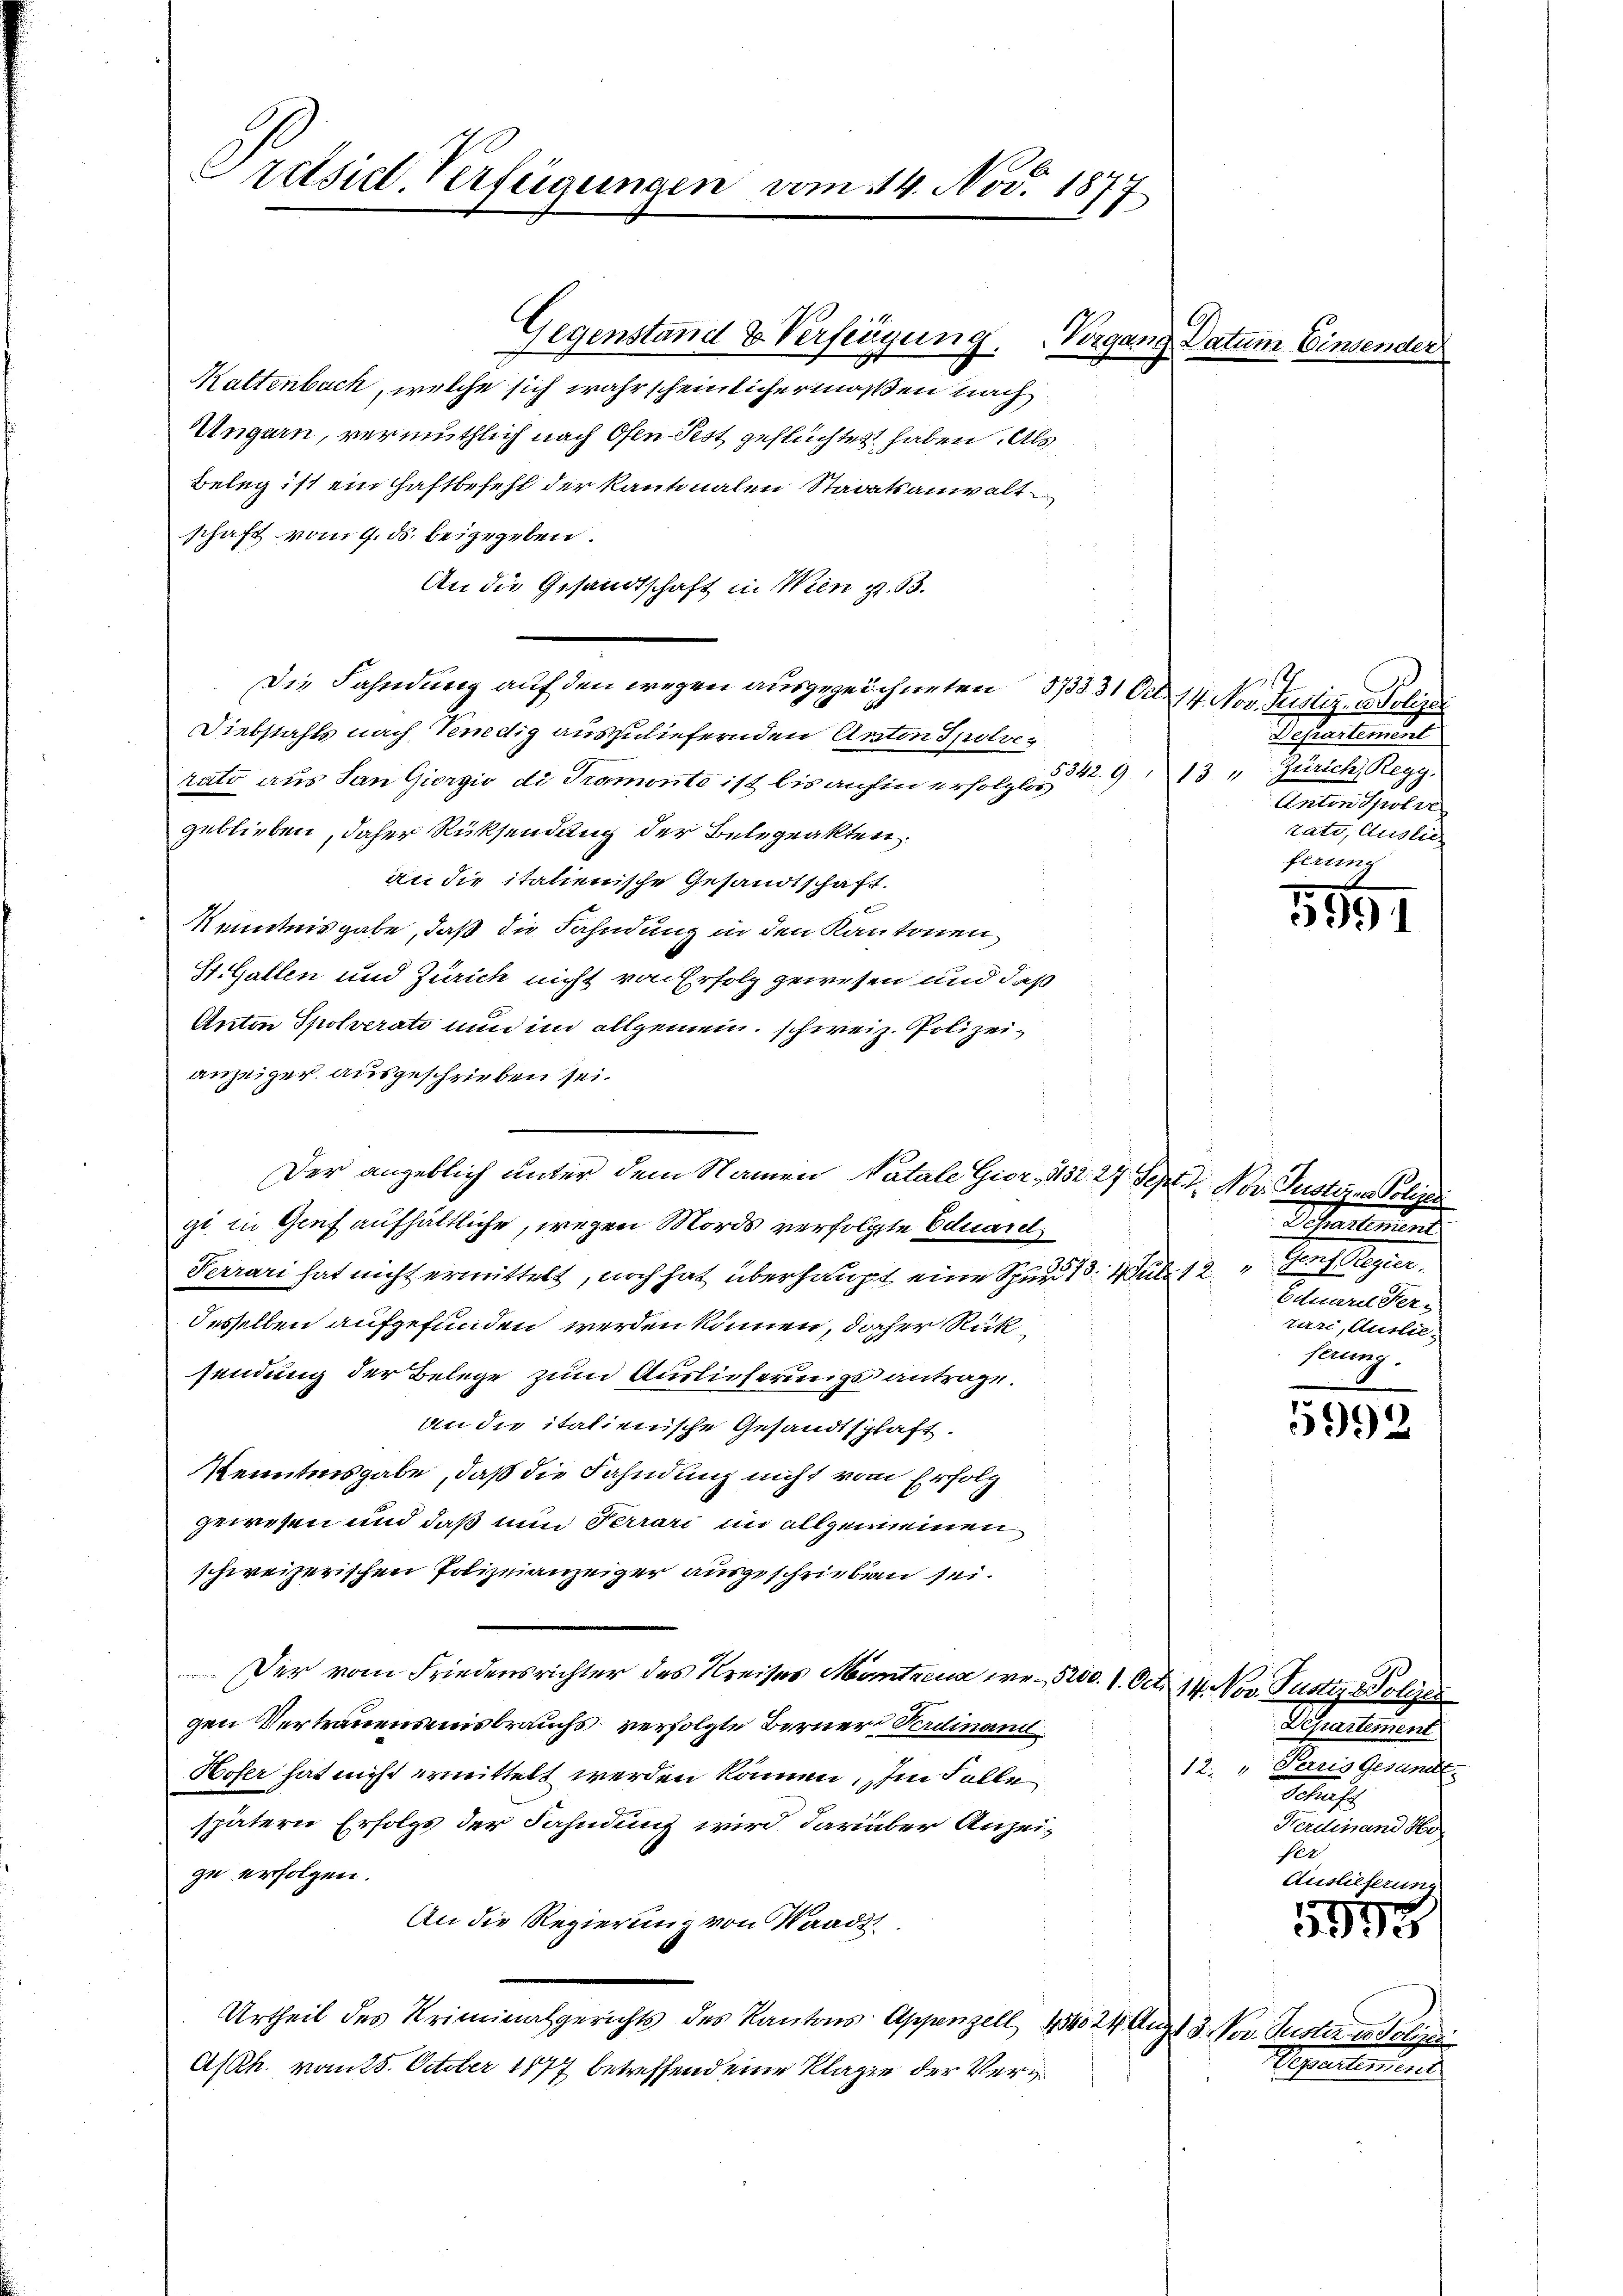
24
Präsidl-Verfügungen vom 14. Nov. 1877.

Gegenstand & Verfügung. Vorgang Datum Einsender
Kattenbach, welche sich wahrscheinlichermaßen nach
Ungern, vermuthlich nach Ofen Pest geflüchtet haben. Als
Beleg ist ein Haftbefehl der kantonalen Staatsanwalt
schaft vom 9. ds. beigegeben.
An die Gesandtschaft in Wien . 63.
Die Fahndung auf den wegen ausgezeichneten 173331 Oct. 14. Nov. Justiz von Polizei
Diebstahls nach Tendig auszuliefernden Anton Spitve
S. 9
rato aus San Giorgio di Tramonte ist bis anhin erfolglos
geblieben, daher Rücksendung der Belegrakten.
an die italienische Gesandtschaft.
Kenntnisgabe, daß die Fahndung in den Kantonen
St. Gallen und Zürich nicht von Erfolg gewesen und daß
Anton Spolverati nun im allgemein schweiz. Polizeianzeiger ausgeschrieben sei.
gi in Genf aufhältliche, wegen Mords verfolgte Eduarel
Ferrari hat nicht ermittelt, noch hat überhaupt eine Spur 1. Wul. 12.
desselben aufgefunden werden können, daher Rücksendung der Belege zum Auslieferungsantrage.
an die italienische Gesandtschaft.
Kenntnisgabe, daß die Fahndung nicht vom Erfolg
gewesen und daß nun Terrari im allgemeinen
schweizerischen Polizeianzeiger ausgeschrieben sei.
Der vom Friedensrichter des Kreises Montrena we 5200. 1. Oct. 14. Nov. Pustiz. Polizei
gen Vertrauensmisbrauchs verfolgte Berner Verdinand
Hofer hat nicht ermittelt werden können. Im Falle
spätern Erfolgs der Fahndung wird darüber Anzeige erfolgen.
An die Regierung von Waadt
Urtheil des Kriminalgerichts des Kantons Appenzell 43424 Augst 3. Nov. Gusta u. Polizei
Ash. vom 25. October 1877 betreffend eine Klage der Ver¬

Der angeblich unter dem Namen Natale Gior, 1132. 27 Sept. 1. Nov. Gustizen Polizei

Departement
13 " Zürich, Regg.
Anton Sproler
rate, Auslie
ferung

Scheulement
Auflagen.
s
Eduare Pers
tari, Auslieferung.

Separtement
12. " Paris Gesandt.
Schaft
Ferdinand Hor
e
Auslieferung

esentiund

1851

5992

335